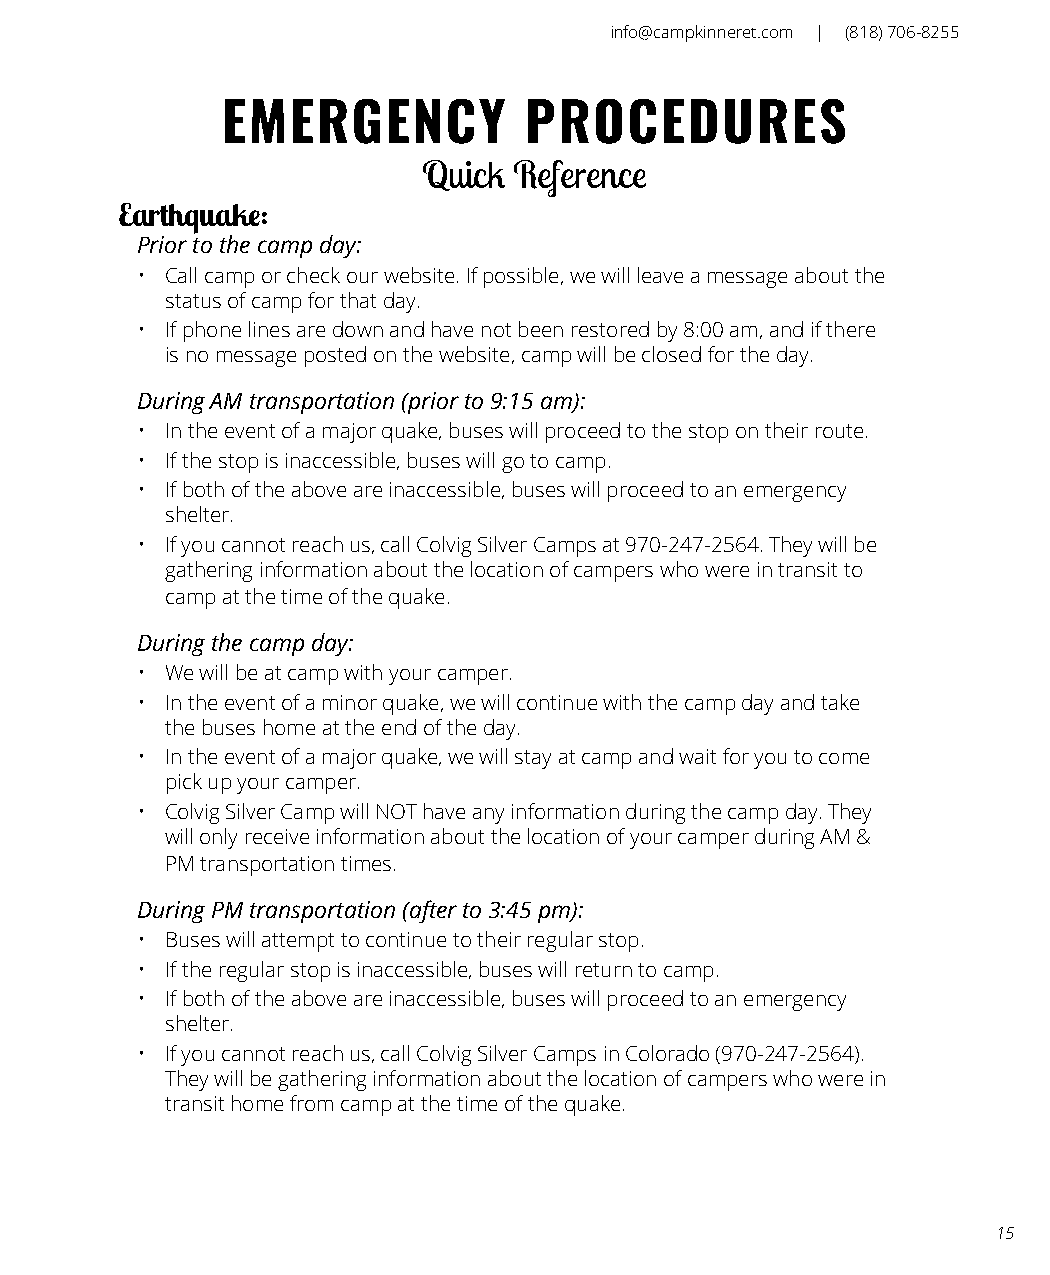
info@campkinneret.com | (818) 706-8255
 EMERGENCY           PROCEDURES
 Quick Reference
 Earthquake:
 Prior to the camp day:
 • Call camp or check our website. If possible, we will leave a message about the
 status of camp for that day.
 • If phone lines are down and have not been restored by 8:00 am, and if there
 is no message posted on the website, camp will be closed for the day.
 During AM transportation (prior to 9:15 am):
 • In the event of a major quake, buses will proceed to the stop on their route.
 • If the stop is inaccessible, buses will go to camp.
 • If both of the above are inaccessible, buses will proceed to an emergency
 shelter.
 • If you cannot reach us, call Colvig Silver Camps at 970-247-2564. They will be
 gathering information about the location of campers who were in transit to
 camp at the time of the quake.
 During the camp day:
 • We will be at camp with your camper.
 • In the event of a minor quake, we will continue with the camp day and take
 the buses home at the end of the day.
 • In the event of a major quake, we will stay at camp and wait for you to come
 pick up your camper.
 • Colvig Silver Camp will NOT have any information during the camp day. They
 will only receive information about the location of your camper during AM &
 PM transportation times.
 During PM transportation (after to 3:45 pm):
 • Buses will attempt to continue to their regular stop.
 • If the regular stop is inaccessible, buses will return to camp.
 • If both of the above are inaccessible, buses will proceed to an emergency
 shelter.
 • If you cannot reach us, call Colvig Silver Camps in Colorado (970-247-2564).
 They will be gathering information about the location of campers who were in
 transit home from camp at the time of the quake.
 15